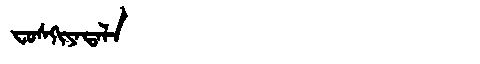
Manchu: ᠸᠣᠰᡴᡳᠶᠠᡨᠠᠯᠠ
Romanization: FOSKIYATALA